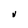
Character: V